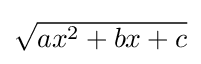
{\textstyle {\sqrt {ax^{2}+bx+c}}}